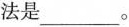
法是___。